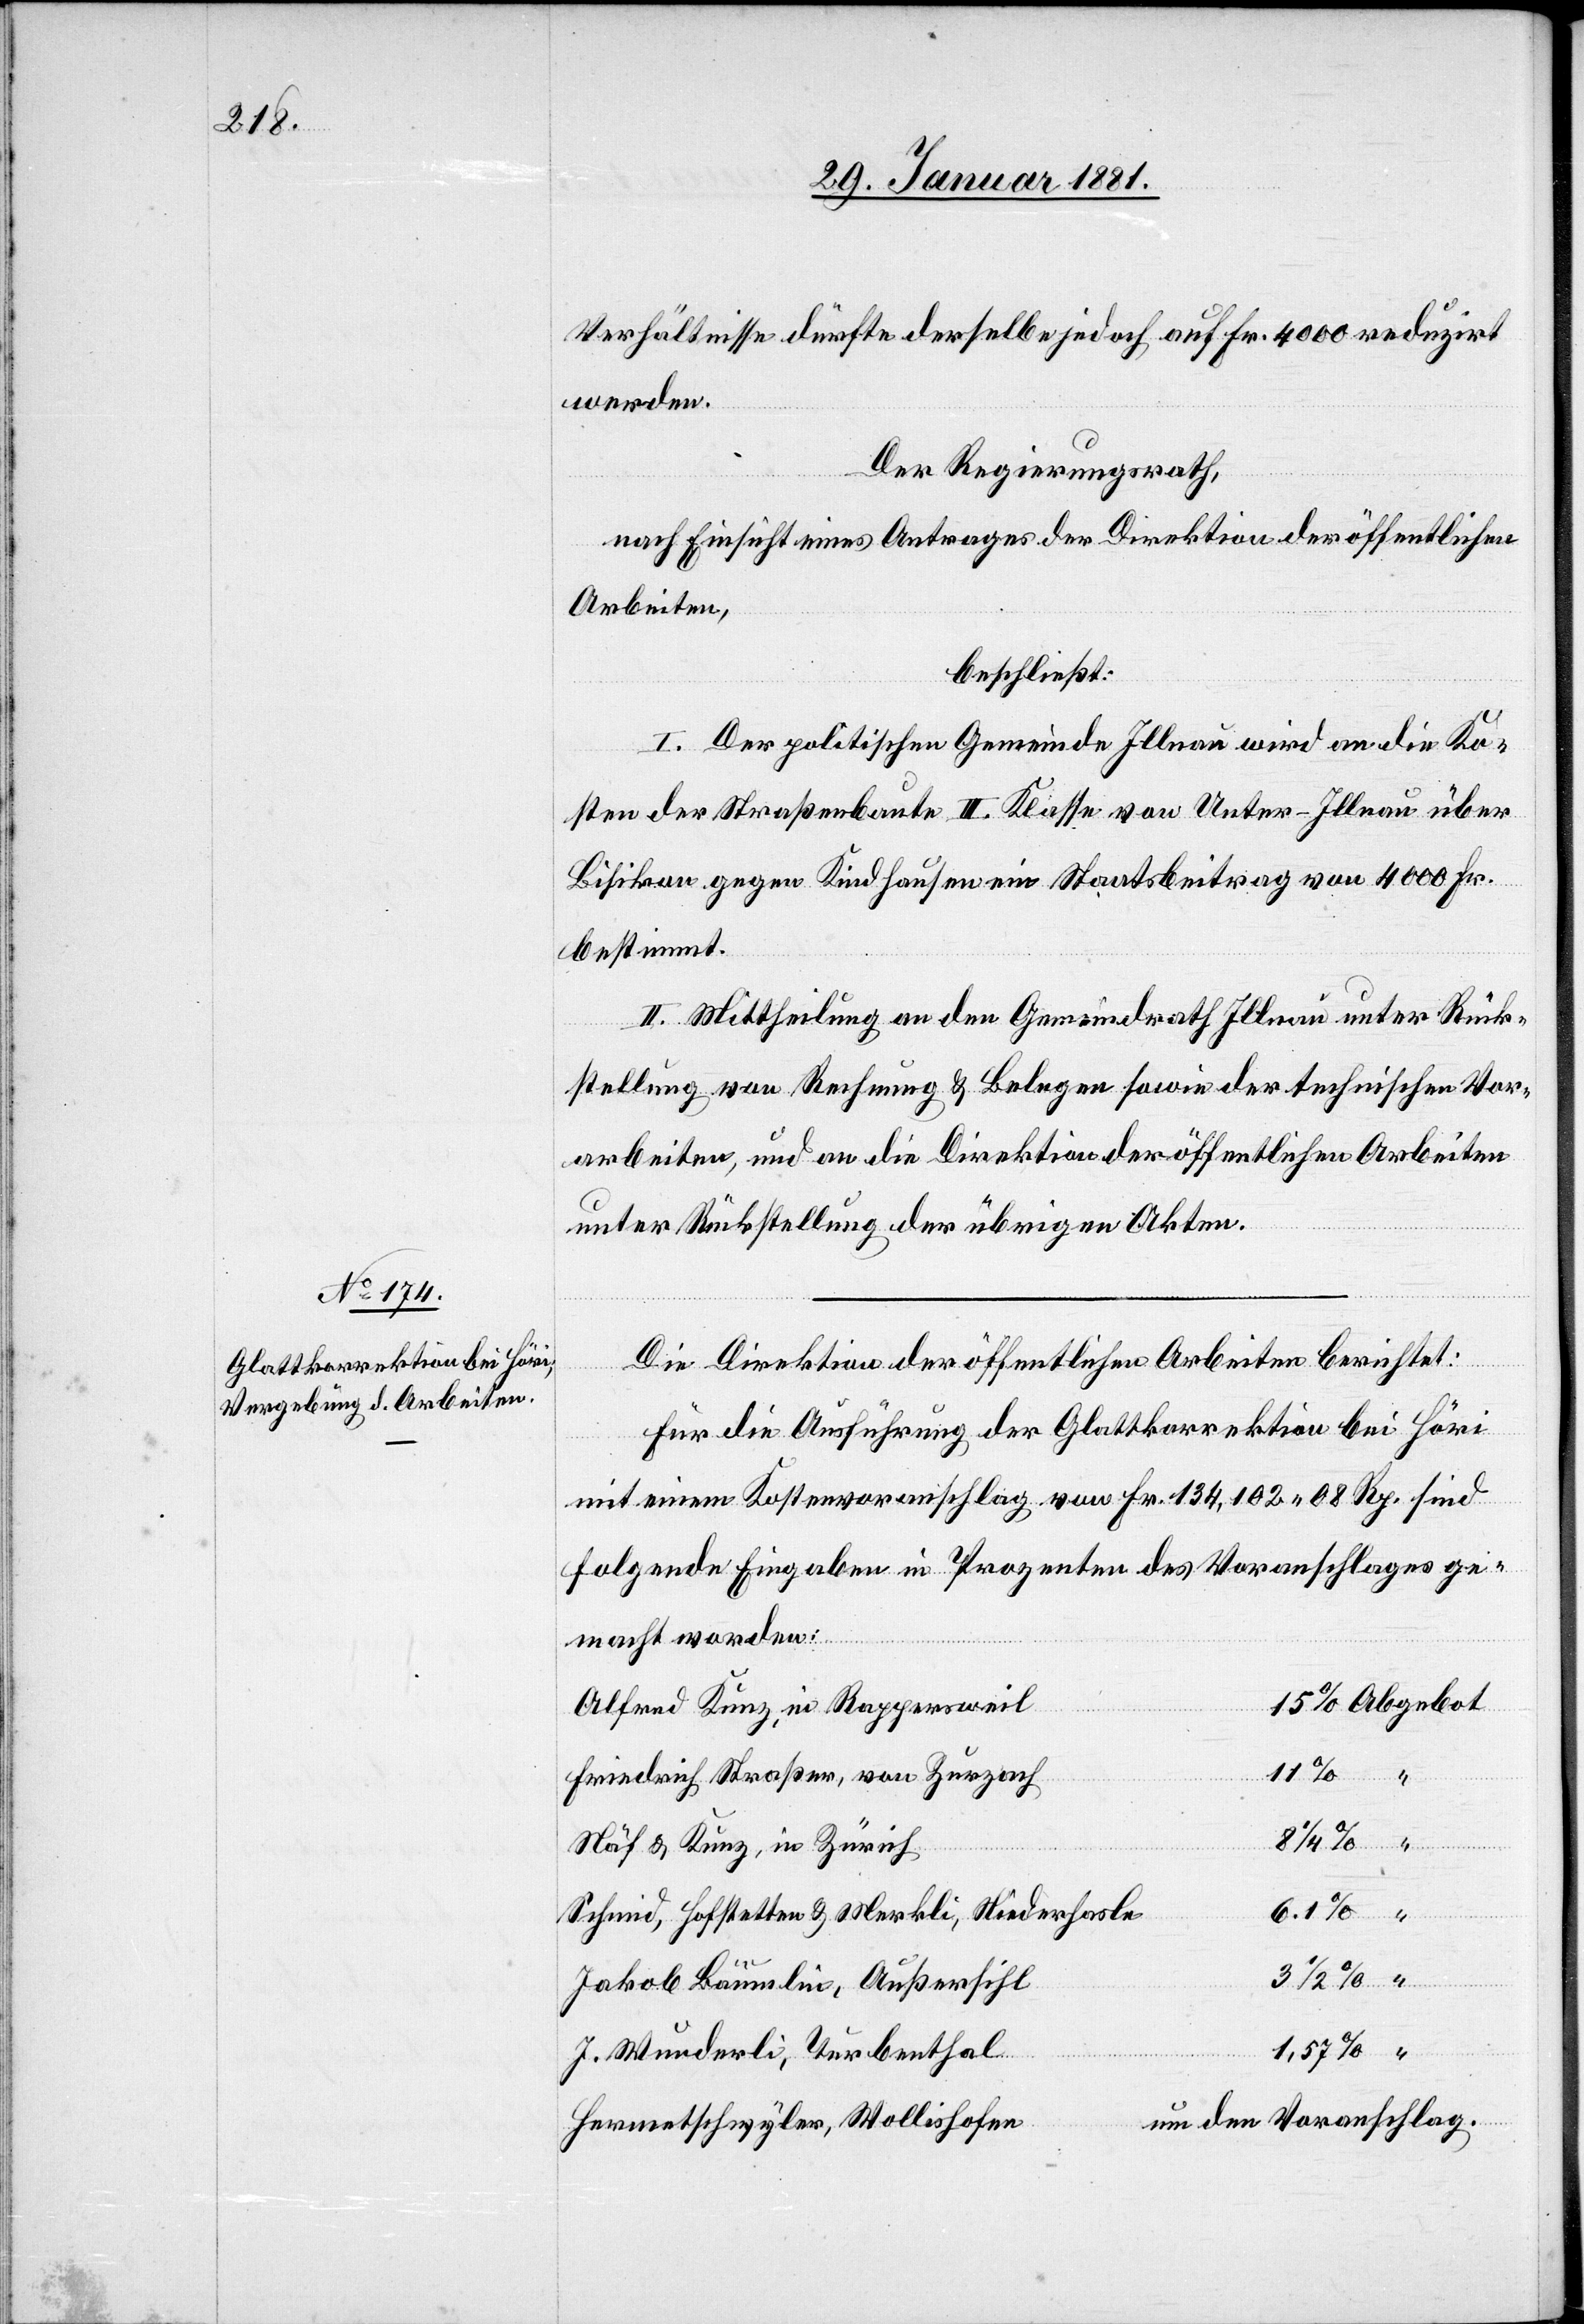
Verhältnisse dürfte derselbe jedoch auf Fr. 4000 reduzirt
werden.
Der Regierungsrath,
nach Einsicht eines Antrages der Direktion der öffentlichen
Arbeiten,
beschließt:
I. Der politischen Gemeinde Illnau wird an die Ko¬
sten der Straßenbaute III. Klasse von Unter-Illnau über
Bisikon gegen Kindhausen ein Staatsbeitrag von 4000 Fr.
bestimmt.
II. Mittheilung an den Gemeindrath Illnau unter Rück¬
stellung von Rechnung & Belegen sowie der technischen Vor¬
arbeiten, und an die Direktion der öffentlichen Arbeiten
unter Rückstellung der übrigen Akten.
Die Direktion der öffentlichen Arbeiten berichtet:
Für die Ausführung der Glattkorrektion bei Höri
mit einem Kostenvoranschlag von Fr. 134,102 08 Rp. sind
folgende Eingaben in Prozenten des Voranschlages ge¬
macht worden:
Alfred Kunz, in Rappersweil
Friedrich Straßer, von Zurzach
Näf & Kunz, in Zürich
6.1%
Schmid, Hofstetten & Merkli, Niederhasle
Jakob Bäumlin, Außersihl
Abgebot
J. Wunderli, Turbenthal
um den Voranschlag.
Hermetschwyler, Wollishofen